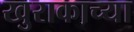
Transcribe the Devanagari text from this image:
खुराकाच्या